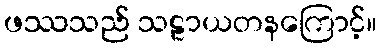
ဖဿသည် သဠာယတနကြောင့်။